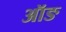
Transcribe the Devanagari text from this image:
ऑङ